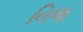
નિજ